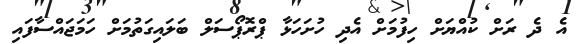
އެ ދެ ރަށް ކުއްޔަށް ހިފުމަށް އެދި ހުށަހަޅާ ޕްރޮޕޯސަލް ބަލައިގަތުމަށް ހަމަޖައްސާފައި